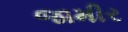
જામીર